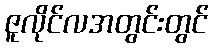
ဇူလိုင်လအတွင်းတွင်